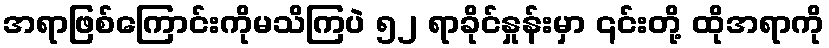
အရာဖြစ်ကြောင်းကိုမသိကြပဲ ၅၂ ရာခိုင်နှုန်းမှာ ၎င်းတို့ ထိုအရာကို